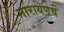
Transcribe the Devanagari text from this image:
नारायणच